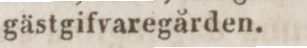
gästgifvaregården.